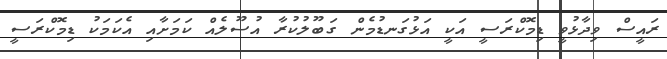
ރައީސް ވިދާޅުވީ ޑިމޮކްރަސީ އަކީ އަޅުގަނޑުމެން ގަބޫލުކުރާ އުސޫލެއް ކަމަށާއި އެކަމަކު ޑިމޮކްރަސީ